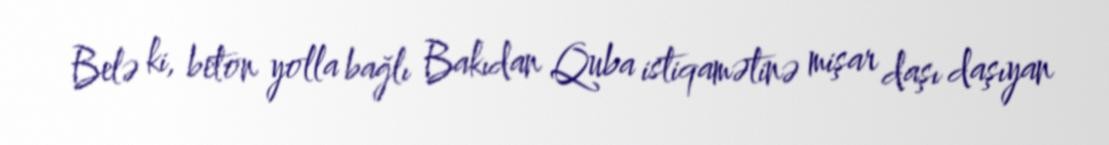
Belə ki, beton yolla bağlı Bakıdan Quba istiqamətinə mişar daşı daşıyan